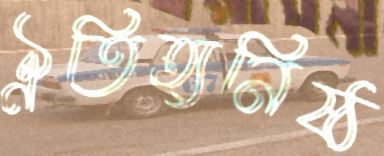
ঐতিহ্যনিষ্ঠ